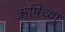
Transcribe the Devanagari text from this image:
ऋषिंच्या